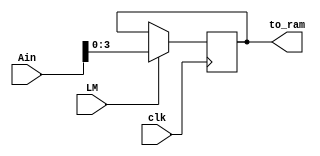
`timescale 1ns / 1ps
module MAR (input [7:0] Ain,input LM, clk, output reg [3:0] to_ram );

always @(posedge clk)

begin
if (LM == 1'b1)
begin
to_ram <= Ain[3:0];
end
else
to_ram <= to_ram;
end
endmodule